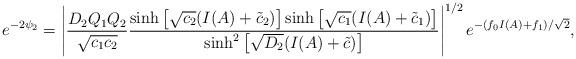
LaTeX: \begin{align*}e^{-2\psi_2} = \left| \frac{D_2 Q_1 Q_2}{\sqrt{c_1 c_2}}\frac{\sinh \left[ \sqrt{c_2} (I(A) +\tilde{c}_2 ) \right] \sinh \left [\sqrt{c_1} (I(A) + \tilde{c}_1 ) \right ] } { \sinh^2 \left[\sqrt{D_2}(I(A)+\tilde{c}) \right] } \right|^{1/2} e^{-(f_0 I(A)+f_1)/\sqrt{2}} ,\end{align*}